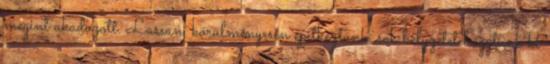
megint akadozott. Lassan, körülményesen építkeztünk, sok helyzetet hagytunk ki